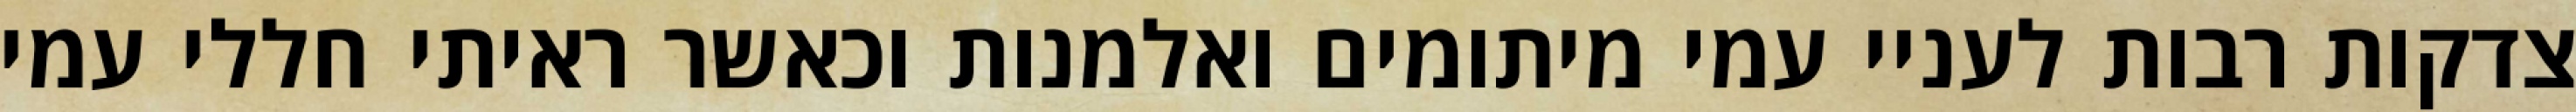
צדקות רבות לעניי עמי מיתומים ואלמנות וכאשר ראיתי חללי עמי